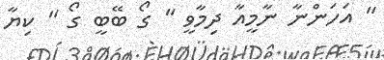
" އަހަންނާ ނާމީއާ ދިމާވީ " ގޯ ބޭބީ ގޯ " ކިޔާ